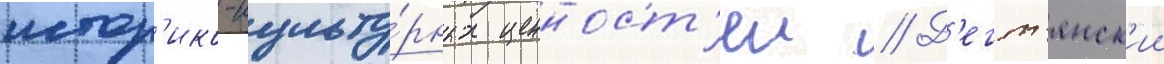
истор'ико-культу́рных ценност'еи // Д'егт'янск'ии